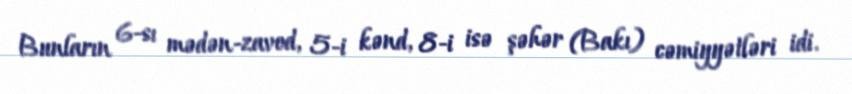
Bunların 6-sı mədən-zavod, 5-i kənd, 8-i isə şəhər (Bakı) cəmiyyətləri idi.